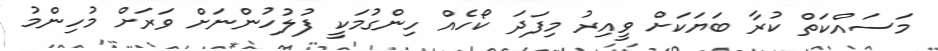
މަސައްކަތް ކުރާ ބަޔަކަށް ވީއިރު މިފަދަ ކޯހެއް ހިންގުމަކީ ފުލުހުންނަށް ވަރަށް މުހިންމު